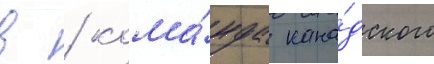
в / кома́нда кана́дского